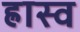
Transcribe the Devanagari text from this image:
ह्रास्व